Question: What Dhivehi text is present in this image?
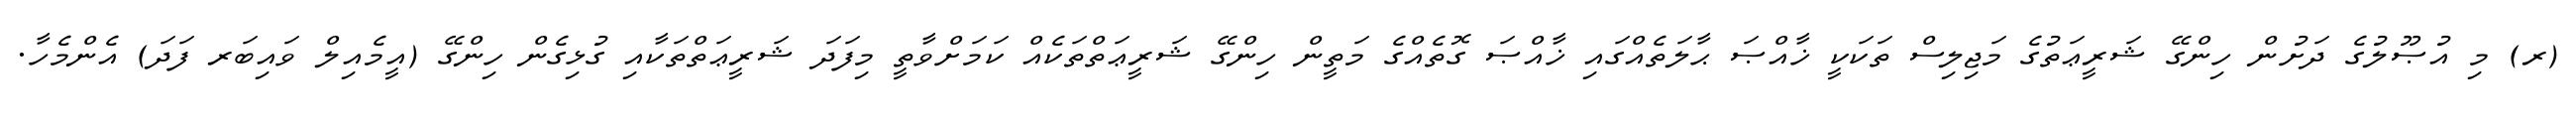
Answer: (ރ) މި އުޞޫލުގެ ދަށުން ހިންގޭ ޝަރީޢަތުގެ މަޖިލިސް ތަކަކީ ޚާއްޞަ ޙާލަތެއްގައި ޚާއްޞަ ގޮތެއްގެ މަތީން ހިންގޭ ޝަރީޢަތްތަކެއް ކަމަށްވާތީ މިފަދަ ޝަރީޢަތްތަކާއި ގުޅިގެން ހިންގޭ (އީމެއިލް ވައިބަރ ފަދަ) އެންމެހާ.